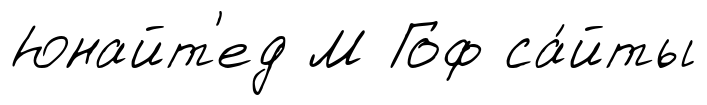
Юнайт'ед М Гоф са́йты